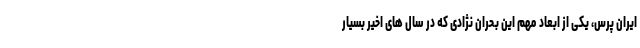
ایران پرس، یکی از ابعاد مهم این بحران نژادی که در سال های اخیر بسیار